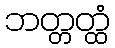
ဘတ္တတ္ထံ